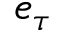
e _ { \tau }